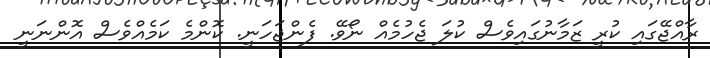
ރާއްޖޭގައި ކުރީ ޒަމާނުގައިވެސް ކުލަ ޖެހުމެއް ނޯވޭ. ފެންޖަހަނީ. ކޮންމެ ކަމެއްވެސް އޮންނަނީ